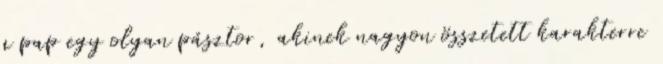
a pap egy olyan pásztor, akinek nagyon összetett karakterre